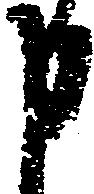
申